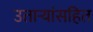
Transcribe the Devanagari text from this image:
उतार्‍यांसहित